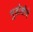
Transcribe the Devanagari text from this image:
मुडोशीचे